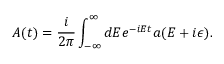
A ( t ) = \frac i { 2 \pi } \int _ { - \infty } ^ { \infty } d E e ^ { - i E t } a ( E + i \epsilon ) .